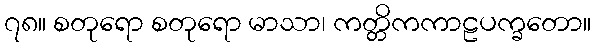
၇၈။ စတုရော စတုရော မာသာ၊ ကတ္တိကကာဠပက္ခတော။